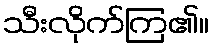
သီးလိုက်ကြ၏။